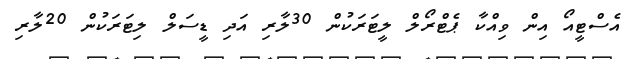
އެސްޓީއޯ އިން ވިއްކާ ޕެޓްރޯލް ލީޓަރަކުން 30ލާރި އަދި ޑީސަލް ލިޓަރަކުން 20ލާރި